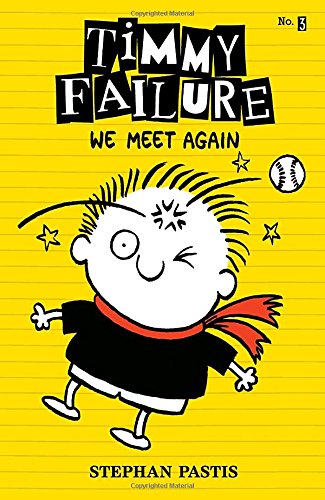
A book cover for Timmy Failure: We Meet Again; Stephan Pastis; Children's Books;